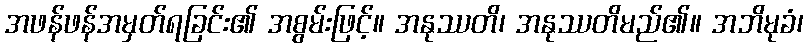
အဖန်ဖန်အမှတ်ရခြင်း၏ အစွမ်းဖြင့်။ အနုဿတိ၊ အနုဿတိမည်၏။ အဘိမုခံ၊